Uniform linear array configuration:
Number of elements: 4
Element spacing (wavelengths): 0.75
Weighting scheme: exponential
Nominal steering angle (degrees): -45
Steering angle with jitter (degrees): -45.964
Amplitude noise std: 0.05
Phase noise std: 0.05

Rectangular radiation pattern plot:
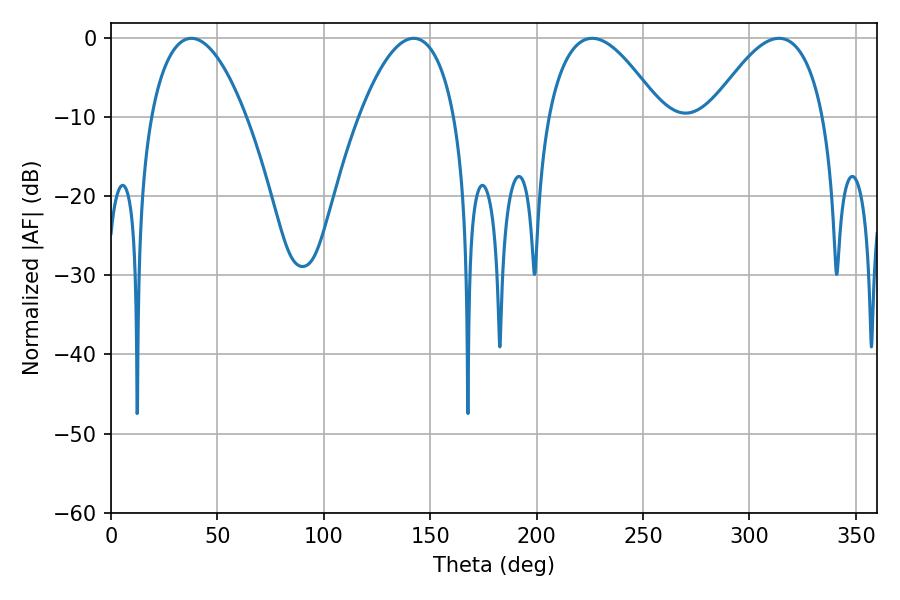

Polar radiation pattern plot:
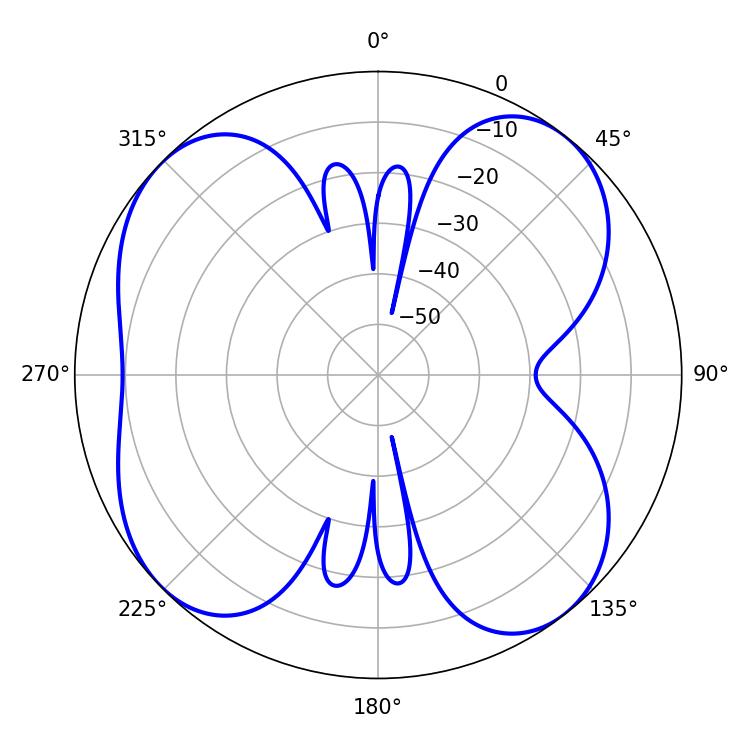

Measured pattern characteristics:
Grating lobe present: TRUE
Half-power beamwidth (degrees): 24.84
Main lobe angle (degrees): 37.8